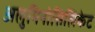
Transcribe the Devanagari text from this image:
अलुमिनोसिलिकेट